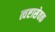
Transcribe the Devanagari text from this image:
त्वष्टासेवक